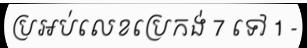
ប្រអប់លេខប្រេកង់ 7 ទៅ 1 -